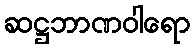
ဆဋ္ဌဘာဏဝါရော